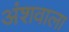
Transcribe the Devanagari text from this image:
अंशवाला